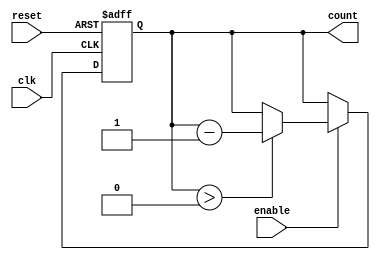
module decremental_counter #(
    parameter N = 8  // Define the size of the counter (in bits)
)(
    input wire clk,         // Clock signal
    input wire reset,       // Asynchronous reset signal
    input wire enable,      // Enable signal
    output reg [N-1:0] count // Current count value
);

    // Initial count value
    initial begin
        count = N'hFF; // Initialize count to maximum value (255 for 8 bits)
    end

    // Asynchronous reset or synchronous counting
    always @(posedge clk or posedge reset) begin
        if (reset) begin
            count <= N'hFF; // Reset count to initial value
        end else if (enable) begin
            if (count > 0) begin
                count <= count - 1; // Decrement count
            end
        end
    end

endmodule